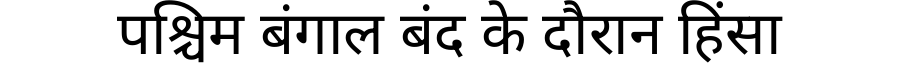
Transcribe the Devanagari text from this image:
पश्चिम बंगाल बंद के दौरान हिंसा